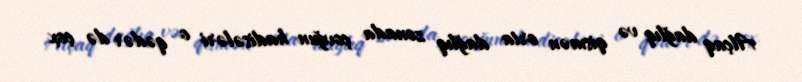
Alçaq dağlıq və qismən orta dağlıq zonada çovğun hadisələri o qədər də çox